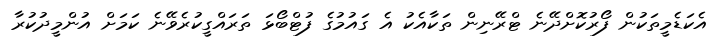
އެކަޑެމީތަކުން ފޯރުކޮށްދޭނެ ޓްރޭނިން ތަކާއެކު އެ ގައުމުގެ ފުޓްބޯޅަ ތަރައްގީކުރެވޭނެ ކަމަށް އުންމީދުކުރާ